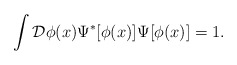
\begin{align*}\int {\cal {D}}\phi (x)\Psi ^{\ast }[\phi (x)]\Psi [\phi (x)]=1.\end{align*}